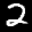
Label: 2